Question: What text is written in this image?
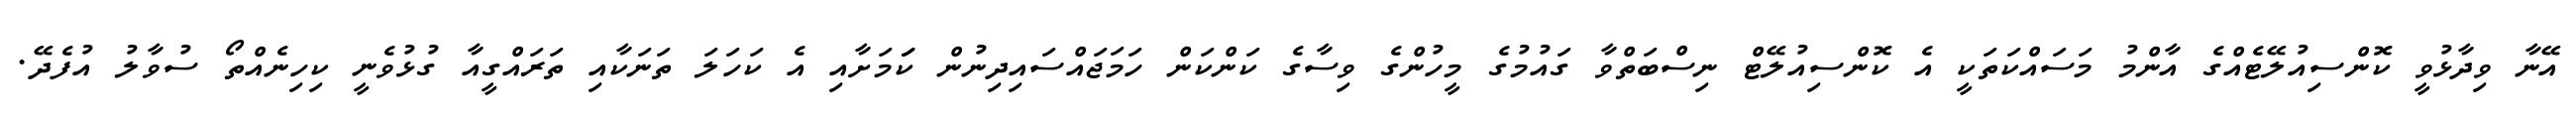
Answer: އޭނާ ވިދާޅުވީ ކޮންސިއުލޭޓެއްގެ އާންމު މަސައްކަތަކީ އެ ކޮންސިއުލޭޓް ނިސްބަތްވާ ގައުމުގެ މީހުންގެ ވިސާގެ ކަންކަން ހަމަޖައްސައިދިނުން ކަަމަށާއި އެ ކަހަލަ ތަނަކާއި ތަރައްގީއާ ގުޅުވެނީ ކިހިނެއްތޯ ސުވާލު އުފެދޭ.